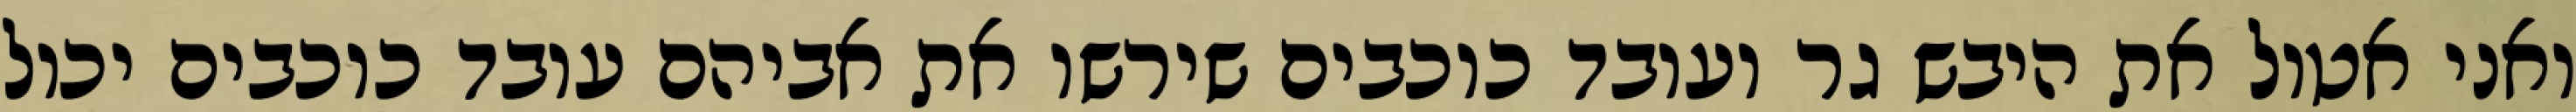
ואני אטול את היבש גר ועובד כוכבים שירשו את אביהם עובד כוכבים יכול